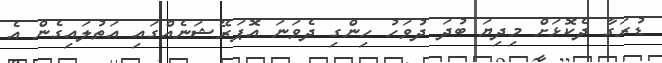
ޑުރަގާ ދެކޮޅަށް މިދިޔަ ބުދަ ދުވަހު ހިންގި ދެވަނަ އޮޕަރޭޝަނެއްގައި އަތުލައިގެން އެ